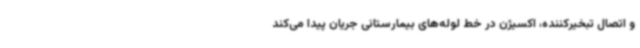
و اتصال تبخیرکننده، اکسیژن در خط لوله‌های بیمارستانی جریان پیدا می‌کند